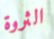
الثروة